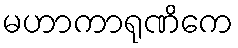
မဟာကာရုဏိကေ